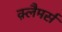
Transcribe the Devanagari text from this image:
क़्लैमर्स